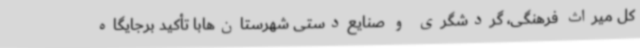
کل میراث فرهنگی، گردشگری و صنایع‌دستی شهرستان‌هابا تأکید برجایگاه